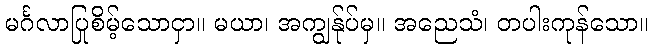
မင်္ဂလာပြုစိမ့်သောငှာ။ မယာ၊ အကျွန်ုပ်မှ။ အညေသံ၊ တပါးကုန်သော။